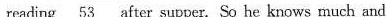
reading \underline{53} after supper. So he knows rnuch and